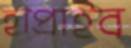
হাপ্‌রাইব